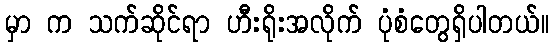
မှာ က သက်ဆိုင်ရာ ဟီးရိုးအလိုက် ပုံစံတွေရှိပါတယ်။